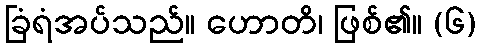
ခြံရံအပ်သည်။ ဟောတိ၊ ဖြစ်၏။ (၆)